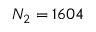
N _ { 2 } = 1 6 0 4